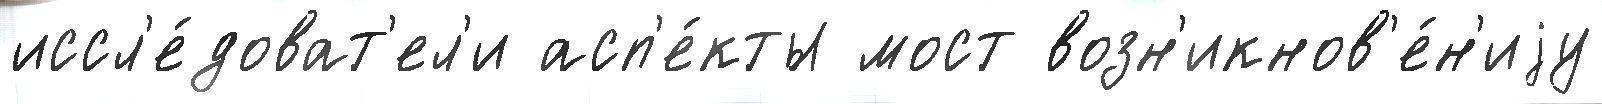
иссл'е́доват'ел'и асп'е́кты мост возн'икнов'е́н'иjу